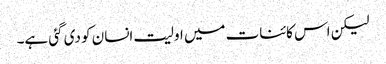
لیکن اس کائنات میں اولیت انسان کو دی گئی ہے۔